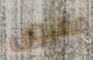
مانيون